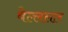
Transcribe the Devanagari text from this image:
वेल्ललार